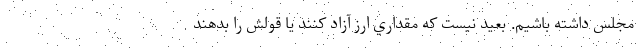
مجلس داشته باشيم. بعيد نيست که مقداري ارز آزاد کنند يا قولش را بدهند